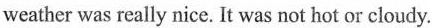
weather was really nice. It was not hot or cloudy.